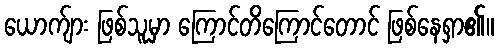
ယောက်ျား ဖြစ်သူမှာ ကြောင်တိကြောင်တောင် ဖြစ်နေရှာ၏။